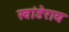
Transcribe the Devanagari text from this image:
खांडेराय